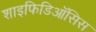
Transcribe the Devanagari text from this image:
शाइफिडिऑसिस